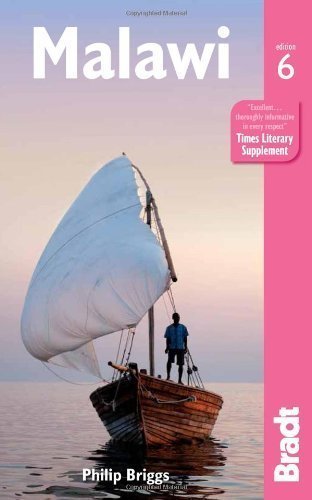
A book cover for Malawi, 6th (Bradt Travel Guide); Travel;